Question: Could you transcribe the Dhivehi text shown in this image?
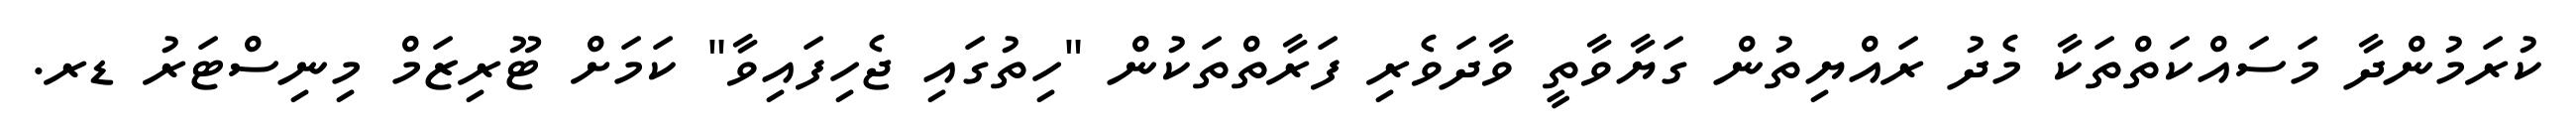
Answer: ކުރަމުންދާ މަސައްކަތްތަކާ މެދު ރައްޔިތުން ގަޔާވާތީ ވާދަވެރި ފަރާތްތަކުން "ހިތުގައި ޖެހިފައިވާ" ކަމަށް ޓޫރިޒަމް މިނިސްޓަރު ޑރ.